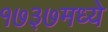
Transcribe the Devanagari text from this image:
१७३७मध्ये